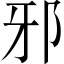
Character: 邪